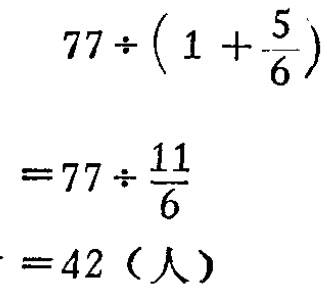
(a) 没人回答了所有的问题。

(b) 所有的问题都有人回答了。

(c) 每个人至少回答了一个问题。

(d) 一些人没有回答任何一个问题。

(e) 每个人都喜欢玛丽，除了她自己。（用\(I(x,y)\)表示等同）

(f) 每个人，除了弗雷德，都至少回答了一个问题。

(g) 每个回答了一个问题的人都尝试回答这个或那个问题。

(h) 无人回答每个人都尝试回答的问题。

(i) 每个尝试回答一个问题的人都回答了问题。